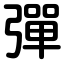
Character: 彈